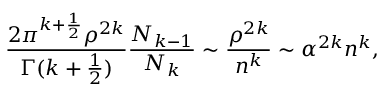
\frac { 2 \pi ^ { k + \frac { 1 } { 2 } } \rho ^ { 2 k } } { \Gamma ( k + \frac { 1 } { 2 } ) } \frac { N _ { k - 1 } } { N _ { k } } \sim \frac { \rho ^ { 2 k } } { n ^ { k } } \sim \alpha ^ { 2 k } n ^ { k } ,